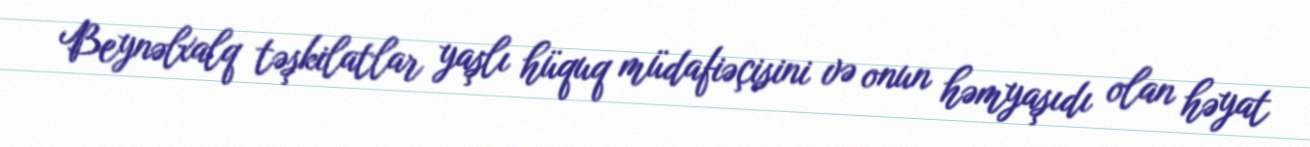
Beynəlxalq təşkilatlar yaşlı hüquq müdafiəçisini və onun həmyaşıdı olan həyat